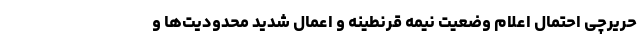
حریرچی احتمال اعلام وضعیت نیمه قرنطینه و اِعمال شدید محدودیت‌ها و